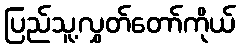
ပြည်သူ့လွှတ်တော်ကိုယ်